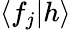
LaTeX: \langle f_{j}|h\rangle